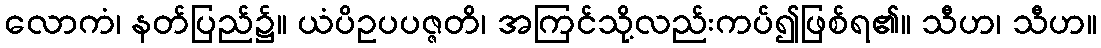
လောကံ၊ နတ်ပြည်၌။ ယံပိဥပပဇ္ဇတိ၊ အကြင်သို့လည်းကပ်၍ဖြစ်ရ၏။ သီဟ၊ သီဟ။